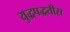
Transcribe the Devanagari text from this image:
युद्धपद्धतीस